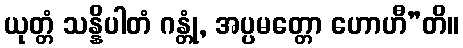
ယုတ္တံ သန္နိပါတံ ဂန္တုံ, အပ္ပမတ္တော ဟောဟီ”တိ။